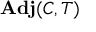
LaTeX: \mathbf { A d j } ( C , T )